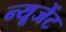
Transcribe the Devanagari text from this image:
न्यूजेंट